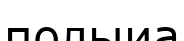
полыиа